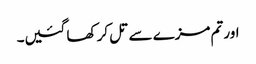
اور تم مزے سے تل کر کھا گئیں۔